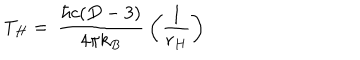
T _ { H } = \: \frac { \hbar c ( D - 3 ) } { 4 \pi k _ { B } } \: \left( \frac { 1 } { r _ { H } } \right)